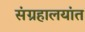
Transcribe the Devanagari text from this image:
संग्रहालयांत